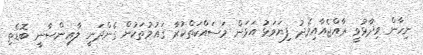
ނިހާން ވިދާޅުވީ ރާއްޖެއާއިމެދު ފިޔަވަޅު އަޅަން މަސައްކަތްކުރާ ޤައުމުތަކުން ގެންދަނީ ލާއިންސާނީ ބޮޑެތި